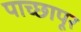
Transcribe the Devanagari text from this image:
पाच्छापूर